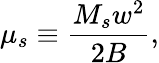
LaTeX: \mu_{s}\equiv\frac{M_{s}w^{2}}{2B},